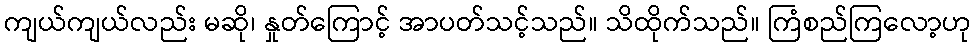
ကျယ်ကျယ်လည်း မဆို၊ နှုတ်ကြောင့် အာပတ်သင့်သည်။ သိထိုက်သည်။ ကြံစည်ကြလော့ဟု